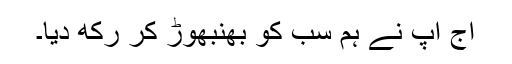
آج آپ نے ہم سب کو بھنبھوڑ کر رکھ دیا۔